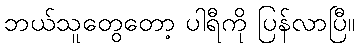
ဘယ်သူတွေတော့ ပါရီကို ပြန်လာပြီ။